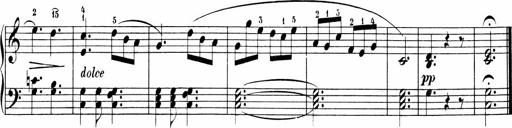
Title: Sonatinen Op.47, 98 und 136, nebst 6 Liedersonatinen
Composer: Carl Reinecke